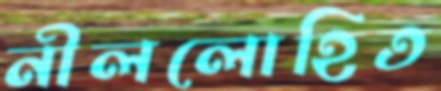
নীললোহিত